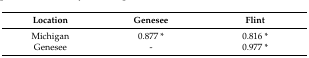
<table><thead><tr><td><b>Location</b></td><td><b>Genesee</b></td><td><b>Flint</b></td></tr></thead><tbody><tr><td>Michigan</td><td>0.877 *</td><td>0.816 *</td></tr><tr><td>Genesee</td><td>-</td><td>0.977 *</td></tr></tbody></table>